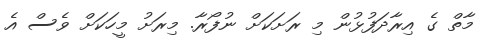
މާތް ގެ އިރާދަފުޅުން މި ރަށަކަށް ނުފޯރާ. މިރަށު މީހަކަށް ވެސް އެ